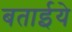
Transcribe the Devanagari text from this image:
बताईये